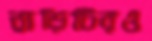
বাড়িটিরও